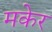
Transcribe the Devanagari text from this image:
मकेर